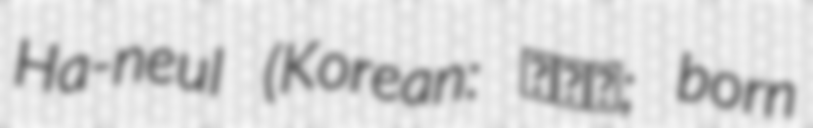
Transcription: Ha-neul (Korean: 김하늘; born